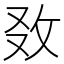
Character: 𢼅